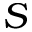
S